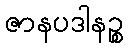
ဇာနပဒါနဉ္စ